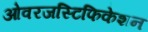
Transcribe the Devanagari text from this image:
ओवरजस्टिफिकेशन